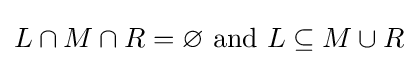
L\cap M\cap R=\varnothing {\text{ and }}L\subseteq M\cup R